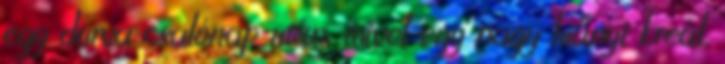
egy durva csalónap után, mivel egy nagy hiányt kreál.